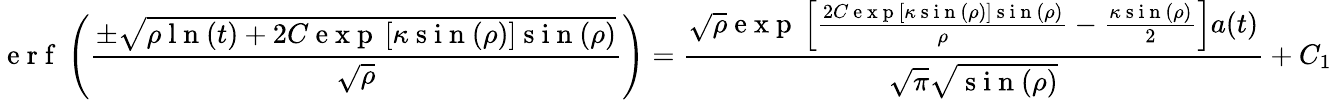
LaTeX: \mathrm{~e~r~f~}\left(\frac{\pm\sqrt{\rho\mathrm{~l~n~}(t)+2C\mathrm{~e~x~p~}\left[\kappa\mathrm{~s~i~n~}(\rho)\right]\mathrm{~s~i~n~}(\rho)}}{\sqrt{\rho}}\right)=\frac{\sqrt{\rho}\mathrm{~e~x~p~}\left[\frac{2C\mathrm{~e~x~p~}[\kappa\mathrm{~s~i~n~}(\rho)]\mathrm{~s~i~n~}(\rho)}{\rho}-\frac{\kappa\mathrm{~s~i~n~}(\rho)}{2}\right]a(t)}{\sqrt{\pi}\sqrt{\mathrm{~s~i~n~}(\rho)}}+C_{1}